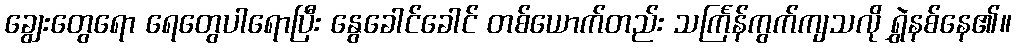
ချွေးတွေရော ရေတွေပါရောပြီး နွေခေါင်ခေါင် တစ်ယောက်တည်း သင်္ကြန်ကွက်ကျသလို ရွှဲနစ်နေ၏။